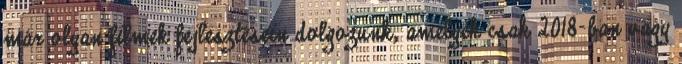
már olyan filmek fejlesztésein dolgozunk, amelyek csak 2018-ban vagy